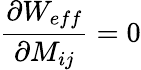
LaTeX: \frac{\partial W_{eff}}{\partial M_{ij}}=0